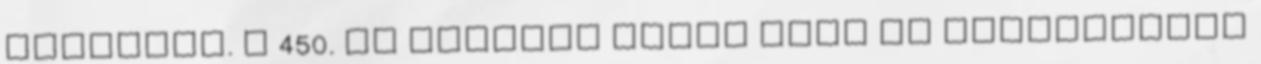
diadalát. A 450. év második felét hadi és diplomatiai